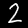
Label: 2